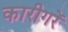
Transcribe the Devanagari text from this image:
कारीगरें